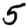
Digit: 5